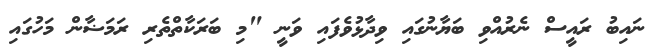
ނައިބު ރައީސް ނެރުއްވި ބަޔާނުގައި ވިދާޅުވެފައި ވަނީ "މި ބަރަކާތްތެރި ރަމަޟާން މަހުގައި